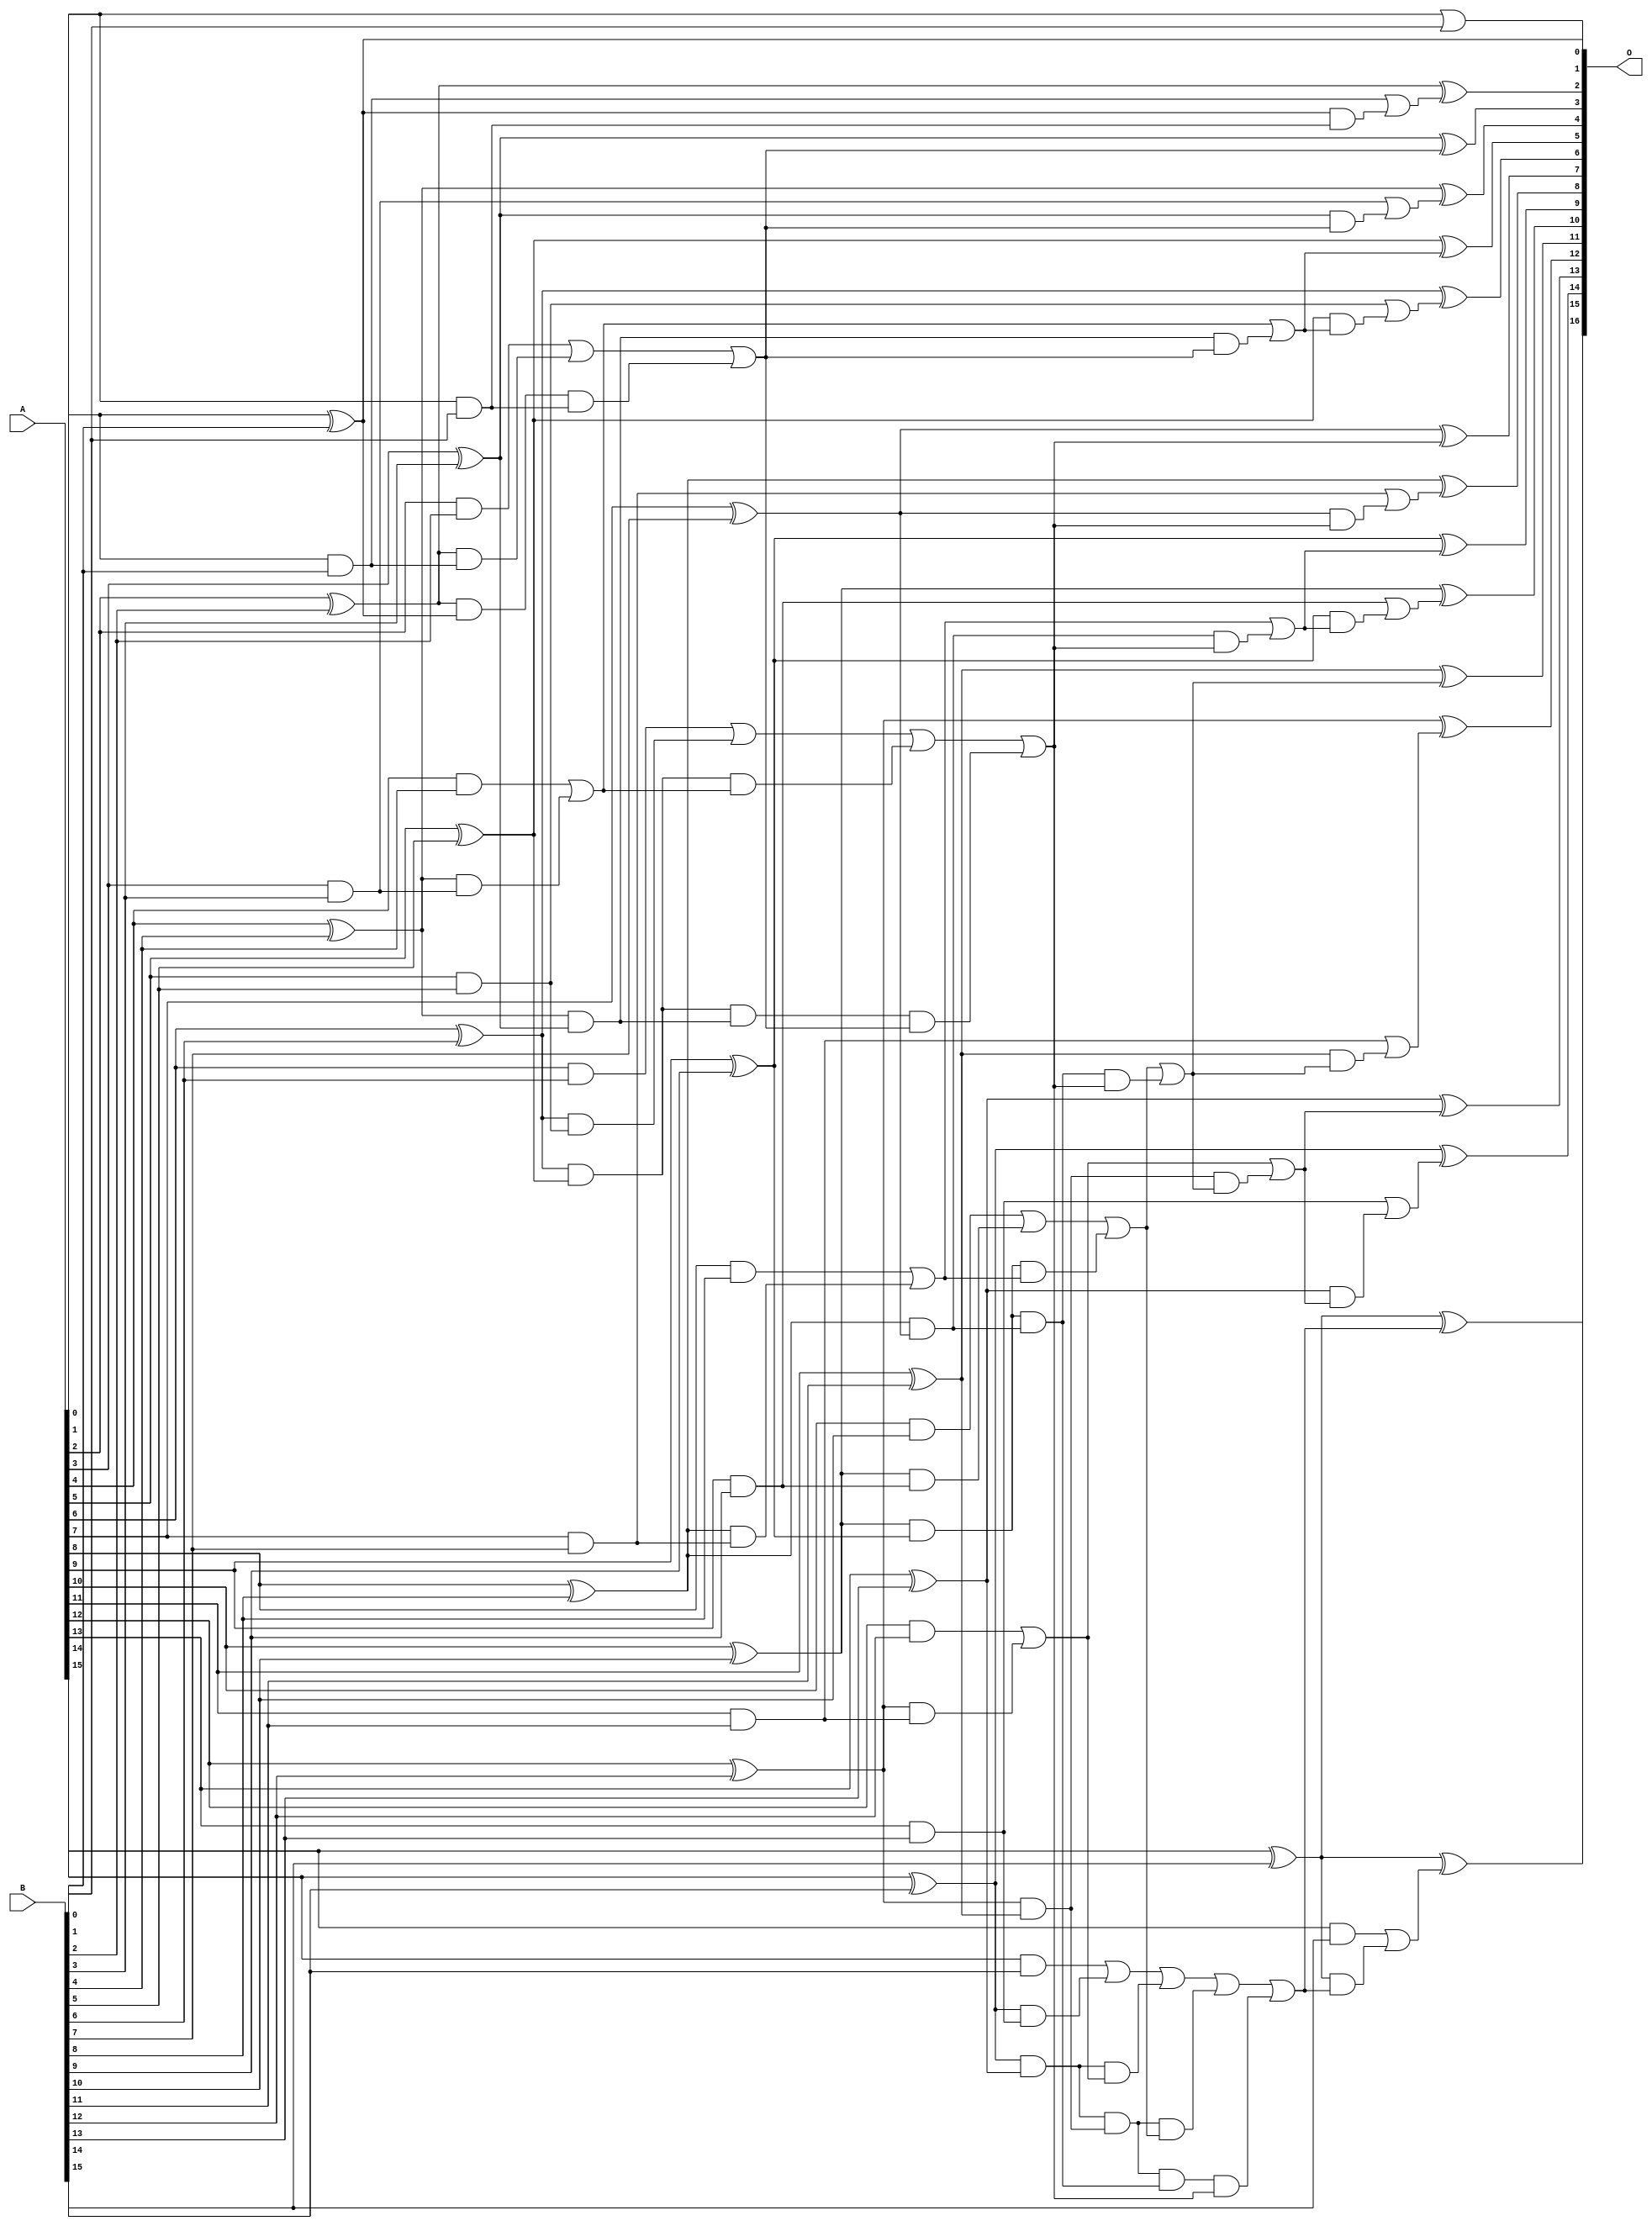
/***
* This code is a part of EvoApproxLib library (ehw.fit.vutbr.cz/approxlib) distributed under The MIT License.
* When used, please cite the following article(s): V. Mrazek, L. Sekanina, Z. Vasicek "Libraries of Approximate Circuits: Automated Design and Application in CNN Accelerators" IEEE Journal on Emerging and Selected Topics in Circuits and Systems, Vol 10, No 4, 2020 
* This file contains a circuit from a sub-set of pareto optimal circuits with respect to the pwr and ep parameters
***/
// MAE% = 0.00076 %
// MAE = 0.5 
// WCE% = 0.0046 %
// WCE = 3.0 
// WCRE% = 75.00 %
// EP% = 25.00 %
// MRE% = 0.015 %
// MSE = 1.2 
// PDK45_PWR = 0.072 mW
// PDK45_AREA = 148.3 um2
// PDK45_DELAY = 1.33 ns

module add16se_2H0 (
    A,
    B,
    O
);

input [15:0] A;
input [15:0] B;
output [16:0] O;

wire sig_32,sig_33,sig_34,sig_35,sig_36,sig_37,sig_38,sig_39,sig_40,sig_41,sig_42,sig_43,sig_44,sig_45,sig_46,sig_47,sig_48,sig_49,sig_50,sig_51;
wire sig_52,sig_53,sig_54,sig_55,sig_56,sig_57,sig_58,sig_59,sig_60,sig_61,sig_62,sig_63,sig_64,sig_65,sig_66,sig_67,sig_68,sig_69,sig_70,sig_71;
wire sig_72,sig_73,sig_74,sig_75,sig_76,sig_77,sig_78,sig_79,sig_80,sig_81,sig_82,sig_83,sig_84,sig_85,sig_86,sig_87,sig_88,sig_89,sig_90,sig_91;
wire sig_92,sig_93,sig_94,sig_95,sig_96,sig_97,sig_98,sig_99,sig_100,sig_101,sig_102,sig_103,sig_104,sig_105,sig_106,sig_107,sig_108,sig_109,sig_110,sig_111;
wire sig_112,sig_113,sig_114,sig_115,sig_116,sig_117,sig_118,sig_119,sig_120,sig_121,sig_122,sig_123,sig_124,sig_125,sig_126,sig_127,sig_129,sig_130,sig_131,sig_132;
wire sig_133,sig_134,sig_135,sig_136,sig_137,sig_138,sig_139,sig_140,sig_141,sig_142,sig_143;

assign sig_32 = A[0] & B[0];
assign sig_33 = A[0] | B[0];
assign sig_34 = A[1] & B[1];
assign sig_35 = A[1] ^ B[1];
assign sig_36 = A[2] & B[2];
assign sig_37 = A[2] ^ B[2];
assign sig_38 = A[3] & B[3];
assign sig_39 = A[3] ^ B[3];
assign sig_40 = A[4] & B[4];
assign sig_41 = A[4] ^ B[4];
assign sig_42 = A[5] & B[5];
assign sig_43 = A[5] ^ B[5];
assign sig_44 = A[6] & B[6];
assign sig_45 = A[6] ^ B[6];
assign sig_46 = A[7] & B[7];
assign sig_47 = A[7] ^ B[7];
assign sig_48 = A[8] & B[8];
assign sig_49 = A[8] ^ B[8];
assign sig_50 = A[9] & B[9];
assign sig_51 = A[9] ^ B[9];
assign sig_52 = A[10] & B[10];
assign sig_53 = A[10] ^ B[10];
assign sig_54 = A[11] & B[11];
assign sig_55 = A[11] ^ B[11];
assign sig_56 = A[12] & B[12];
assign sig_57 = A[12] ^ B[12];
assign sig_58 = A[13] & B[13];
assign sig_59 = A[13] ^ B[13];
assign sig_60 = A[14] & B[14];
assign sig_61 = A[14] ^ B[14];
assign sig_62 = A[15] & B[15];
assign sig_63 = A[15] ^ B[15];
assign sig_64 = A[15] ^ B[15];
assign sig_65 = sig_37 & sig_34;
assign sig_66 = sig_37 & sig_35;
assign sig_67 = sig_36 | sig_65;
assign sig_68 = sig_41 & sig_38;
assign sig_69 = sig_41 & sig_39;
assign sig_70 = sig_40 | sig_68;
assign sig_71 = sig_45 & sig_42;
assign sig_72 = sig_45 & sig_43;
assign sig_73 = sig_44 | sig_71;
assign sig_74 = sig_49 & sig_46;
assign sig_75 = sig_49 & sig_47;
assign sig_76 = sig_48 | sig_74;
assign sig_77 = sig_53 & sig_50;
assign sig_78 = sig_53 & sig_51;
assign sig_79 = sig_52 | sig_77;
assign sig_80 = sig_57 & sig_54;
assign sig_81 = sig_57 & sig_55;
assign sig_82 = sig_56 | sig_80;
assign sig_83 = sig_61 & sig_58;
assign sig_84 = sig_61 & sig_59;
assign sig_85 = sig_60 | sig_83;
assign sig_86 = sig_66 & sig_32;
assign sig_87 = sig_67 | sig_86;
assign sig_88 = sig_72 & sig_70;
assign sig_89 = sig_72 & sig_69;
assign sig_90 = sig_73 | sig_88;
assign sig_91 = sig_78 & sig_76;
assign sig_92 = sig_78 & sig_75;
assign sig_93 = sig_79 | sig_91;
assign sig_94 = sig_84 & sig_82;
assign sig_95 = sig_84 & sig_81;
assign sig_96 = sig_85 | sig_94;
assign sig_97 = sig_89 & sig_87;
assign sig_98 = sig_90 | sig_97;
assign sig_99 = sig_95 & sig_93;
assign sig_100 = sig_95 & sig_92;
assign sig_101 = sig_96 | sig_99;
assign sig_102 = sig_100 & sig_98;
assign sig_103 = sig_101 | sig_102;
assign sig_104 = sig_92 & sig_98;
assign sig_105 = sig_93 | sig_104;
assign sig_106 = sig_69 & sig_87;
assign sig_107 = sig_70 | sig_106;
assign sig_108 = sig_75 & sig_98;
assign sig_109 = sig_76 | sig_108;
assign sig_110 = sig_81 & sig_105;
assign sig_111 = sig_82 | sig_110;
assign sig_112 = sig_35 & sig_32;
assign sig_113 = sig_34 | sig_112;
assign sig_114 = sig_39 & sig_87;
assign sig_115 = sig_38 | sig_114;
assign sig_116 = sig_43 & sig_107;
assign sig_117 = sig_42 | sig_116;
assign sig_118 = sig_47 & sig_98;
assign sig_119 = sig_46 | sig_118;
assign sig_120 = sig_51 & sig_109;
assign sig_121 = sig_50 | sig_120;
assign sig_122 = sig_55 & sig_105;
assign sig_123 = sig_54 | sig_122;
assign sig_124 = sig_59 & sig_111;
assign sig_125 = sig_58 | sig_124;
assign sig_126 = sig_63 & sig_103;
assign sig_127 = sig_62 | sig_126;
assign sig_129 = sig_37 ^ sig_113;
assign sig_130 = sig_39 ^ sig_87;
assign sig_131 = sig_41 ^ sig_115;
assign sig_132 = sig_43 ^ sig_107;
assign sig_133 = sig_45 ^ sig_117;
assign sig_134 = sig_47 ^ sig_98;
assign sig_135 = sig_49 ^ sig_119;
assign sig_136 = sig_51 ^ sig_109;
assign sig_137 = sig_53 ^ sig_121;
assign sig_138 = sig_55 ^ sig_105;
assign sig_139 = sig_57 ^ sig_123;
assign sig_140 = sig_59 ^ sig_111;
assign sig_141 = sig_61 ^ sig_125;
assign sig_142 = sig_63 ^ sig_103;
assign sig_143 = sig_64 ^ sig_127;

assign O[16] = sig_143;
assign O[15] = sig_142;
assign O[14] = sig_141;
assign O[13] = sig_140;
assign O[12] = sig_139;
assign O[11] = sig_138;
assign O[10] = sig_137;
assign O[9] = sig_136;
assign O[8] = sig_135;
assign O[7] = sig_134;
assign O[6] = sig_133;
assign O[5] = sig_132;
assign O[4] = sig_131;
assign O[3] = sig_130;
assign O[2] = sig_129;
assign O[1] = sig_35;
assign O[0] = sig_33;

endmodule